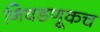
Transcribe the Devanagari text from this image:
निवडणूकच